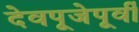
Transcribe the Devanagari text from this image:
देवपूजेपूर्वी